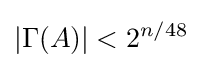
|\Gamma (A)|<2^{n/48}